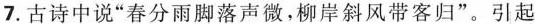
7.古诗中说”春分雨脚落声微，柳岸斜风带客归”。引起